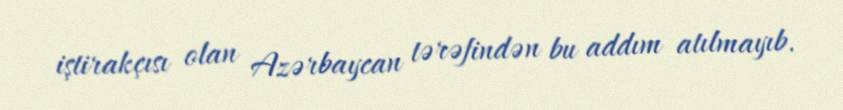
iştirakçısı olan Azərbaycan tərəfindən bu addım atılmayıb.